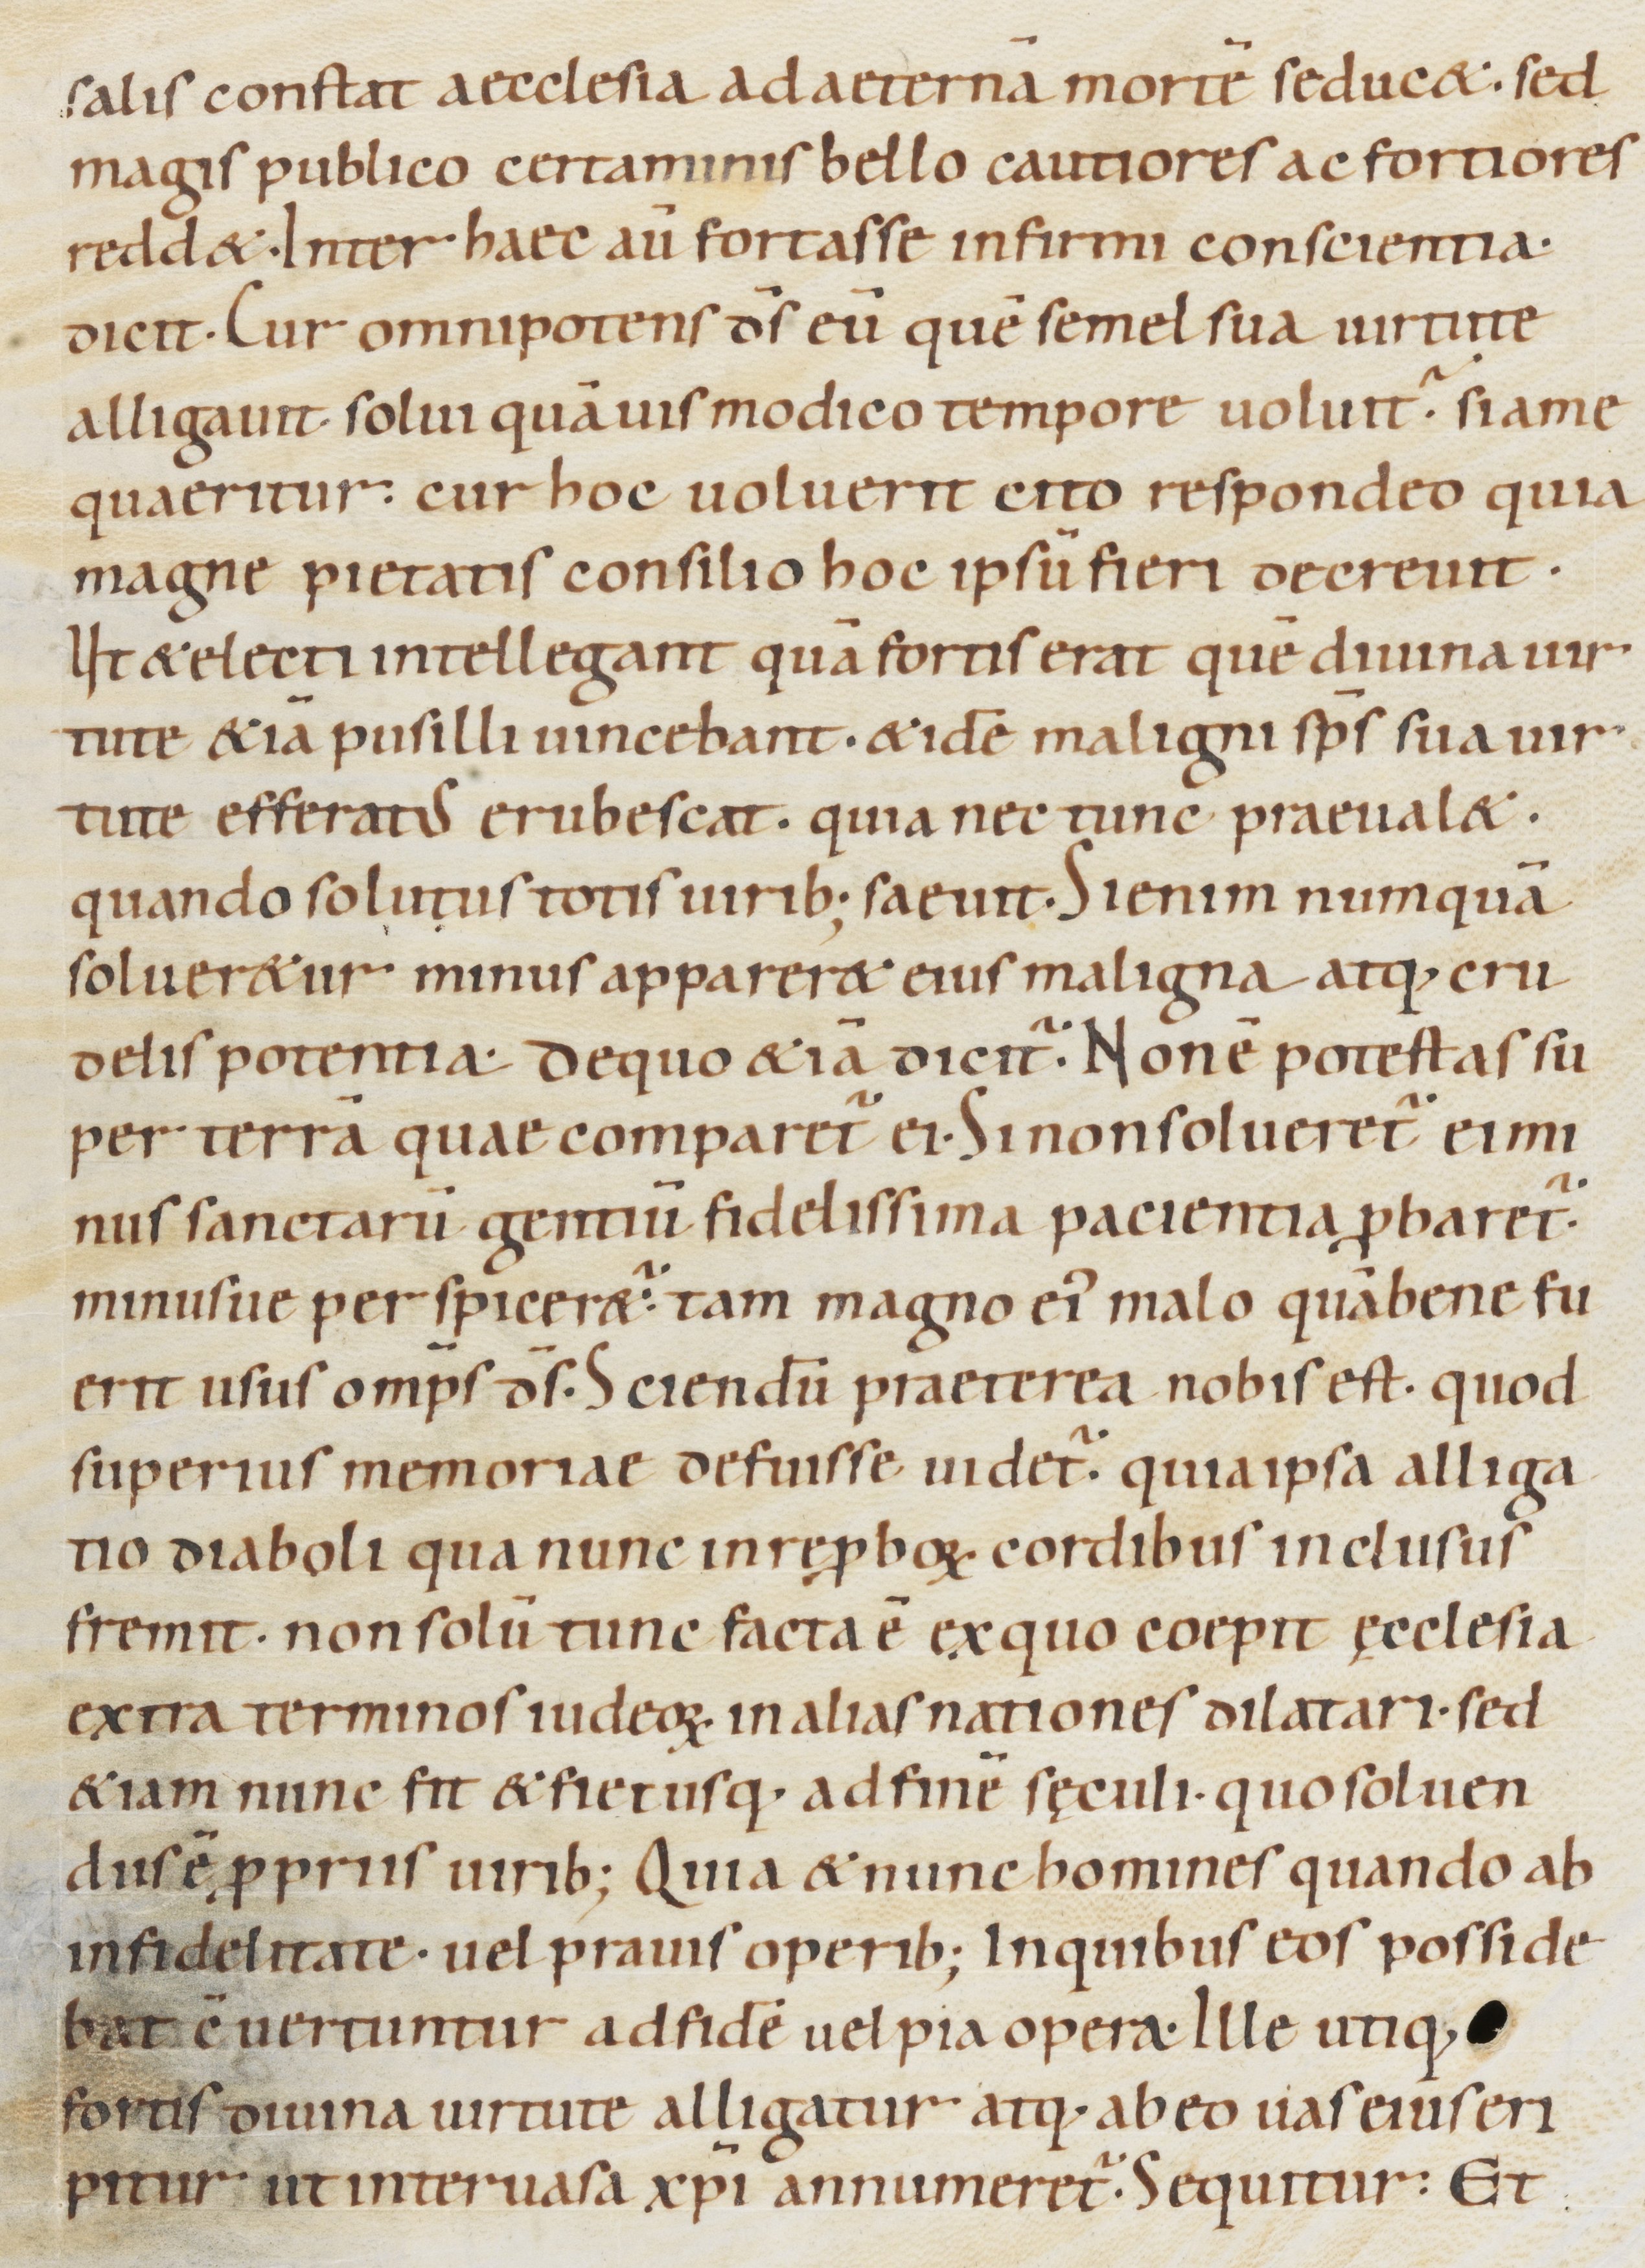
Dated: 1000–1099